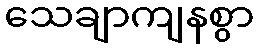
သေချာကျနစွာ